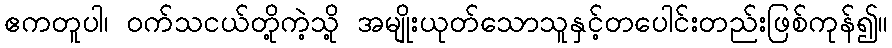
ဧကတူပါ၊ ဝက်သငယ်တို့ကဲ့သို့ အမျိုးယုတ်သောသူနှင့်တပေါင်းတည်းဖြစ်ကုန်၍။